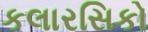
કલારસિકો